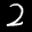
Label: 2